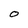
Character: O